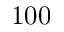
1 0 0